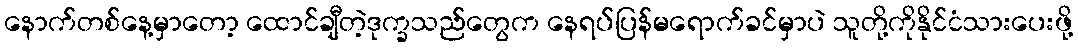
နောက်တစ်နေ့မှာတော့ ထောင်ချီတဲ့ဒုက္ခသည်တွေက နေရပ်ပြန်မရောက်ခင်မှာပဲ သူတို့ကိုနိုင်ငံသားပေးဖို့